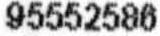
95552586